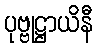
ပုဗ္ဗုဋ္ဌာယိနီ